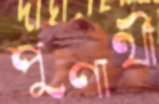
পুণার্থী